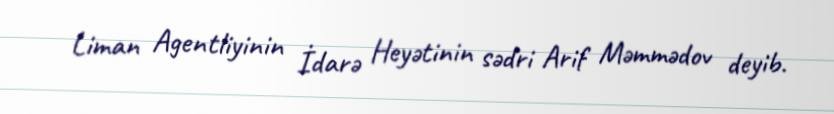
Liman Agentliyinin İdarə Heyətinin sədri Arif Məmmədov deyib.